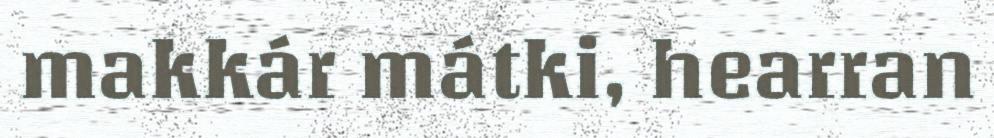
makkár mátki, hearran